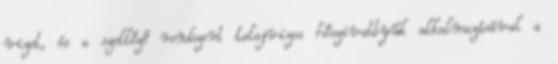
vizet, és a szellőző rendszert talajvizes hőszivattyúk alkalmazásával a